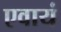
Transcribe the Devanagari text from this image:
एवायं